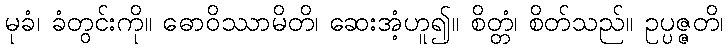
မုခံ၊ ခံတွင်းကို။ ဓောဝိဿာမိတိ၊ ဆေးအံ့ဟူ၍။ စိတ္တံ၊ စိတ်သည်။ ဥပ္ပဇ္ဇတိ၊